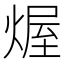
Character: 𤌆